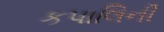
કપાલિની